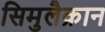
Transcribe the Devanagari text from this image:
सिमुलैक्रान